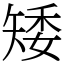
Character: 矮